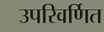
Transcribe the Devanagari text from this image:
उपरिवर्णित